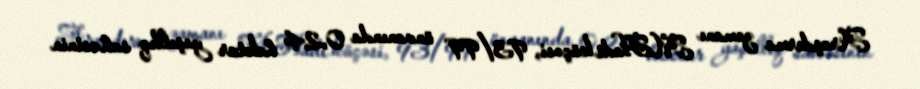
Araşdırma zamanı M.Hadi küçəsi, 93/99 ünvanında 0,24 hektar yaşıllıq sahəsinin